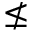
\nleq